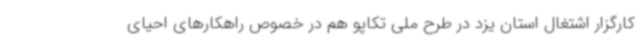
کارگزار اشتغال استان یزد در طرح ملی تکاپو هم در خصوص راهکارهای احیای